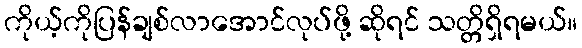
ကိုယ့်ကိုပြန်ချစ်လာအောင်လုပ်ဖို့ ဆိုရင် သတ္တိရှိရမယ်။